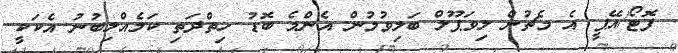
ފޮޓޯ/އޭޕީ އެ މެޗުން ލިވަޕޫލް ބަލިވުމުން އެންމެ ބޮޑު ހިތްދަތި ކަމެއްލިބުނު އެކަކީ